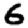
Digit: 6